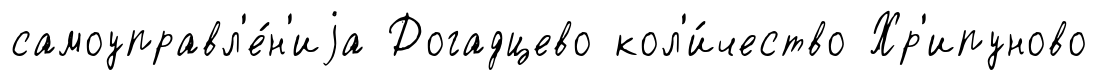
самоуправл'е́н'иjа Догадцево кол'и́чество Хр'ипуново